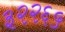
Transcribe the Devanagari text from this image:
३२२६५